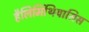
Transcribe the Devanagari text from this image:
हैलिमिंथियासिस